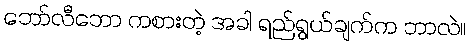
ဘော်လီဘော ကစားတဲ့ အခါ ရည်ရွယ်ချက်က ဘာလဲ။